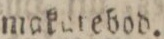
makrebod.